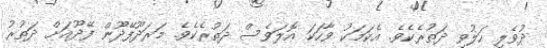
ދުވެލި ހަލުވި ދަތުރެކެވެ. އެކަމަކު ވާހަކަ އޮލަވެސް ދަތުރެކެވެ. މަރަދޫފޭދޫން ފޭދޫއަށް ދަތުރު